Vaccination United Provinces of Agra and Oudh 1923-1928 - 1923-1928
Year: 1923
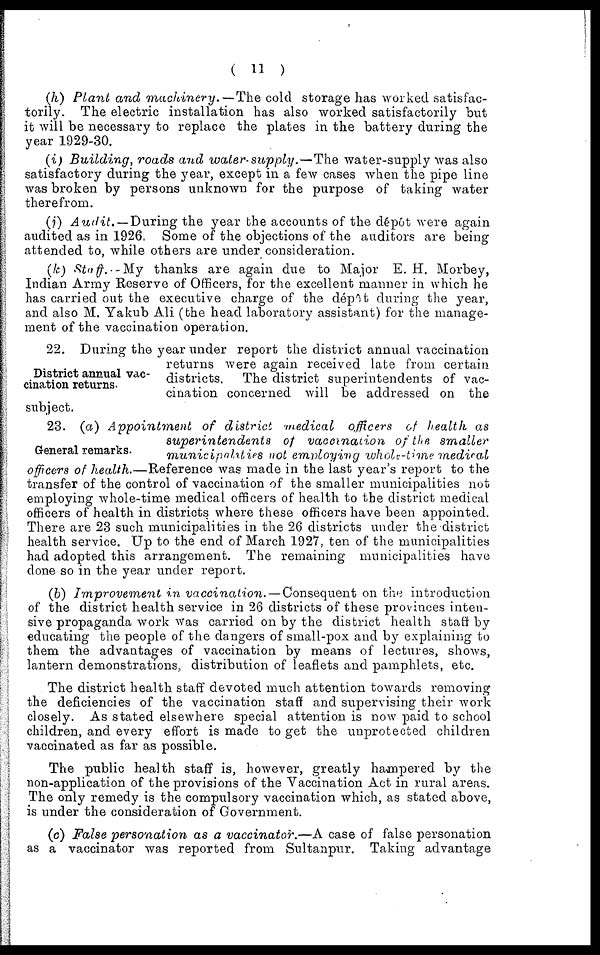
( 11 )
(h) Plant and machinery.— The cold storage has worked satisfac-
torily. The electric installation has also worked satisfactorily but
it will be necessary to replace the plates in the battery during the
year 1929-30.
(i) Building, roads and water-supply.—The
water-supply was also
satisfactory during the year, except in a few cases when the pipe line
was broken by persons unknown for the purpose of taking water
therefrom.
(j) Audit. — During the year the accounts of the dépôt were again
audited as in 1926. Some of the objections of the auditors are being
attended to, while others are under consideration.
(k) Staff.—My
thanks are again due to Major E. H. Morbey,
Indian Army Reserve of Officers, for the excellent manner in which he
has carried out the executive charge of the dépôt during the year,
and also M. Yakub Ali (the head laboratory assistant) for the manage-
ment of the vaccination operation.
District annual vac-
cination returns.
22. During the year under report the district annual vaccination
returns were again received late from certain
districts. The district superintendents of vac-
cination concerned will be addressed on the
subject.
General remarks.
23. (a) Appointment
of district
medical officers of health as
superintendents
of vaccination
of the smaller
municipalities
not employing whole-time medical
officers of health.—Reference
was made in the last year's report to the
transfer of the control of vaccination of the smaller municipalities not
employing whole-time medical officers of health to the district medical
officers of health in districts where these officers have been appointed.
There are 23 such municipalities in the 26 districts under the district
health service. Up to the end of March 1927, ten of the municipalities
had adopted this arrangement. The remaining municipalities have
done so in the year under report.
(b) Improvement
in vaccination. — Consequent on the introduction
of the district health service in 26 districts of these provinces inten-
sive propaganda work was carried on by the district health staff by
educating the people of the dangers of small-pox and by explaining to
them the advantages of vaccination by means of lectures, shows,
lantern demonstrations, distribution of leaflets and pamphlets, etc.
The district health staff devoted much attention towards removing
the deficiencies of the vaccination staff and supervising their work
closely. As stated elsewhere special attention is now paid to school
children, and every effort is made to get the unprotected children
vaccinated as far as possible.
The public health staff is, however, greatly hampered by the
non-application of the provisions of the Vaccination Act in rural areas.
The only remedy is the compulsory vaccination which, as stated above,
is under the consideration of Government.
(c) False personation as a vaccinator.—A case of false personation
as a vaccinator was reported from Sultanpur. Taking advantage